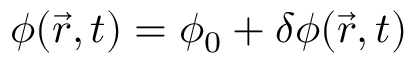
\phi ( \vec { r } , t ) = \phi _ { 0 } + \delta \phi ( \vec { r } , t )